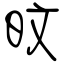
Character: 旼